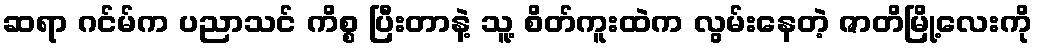
ဆရာ ဂင်မ်က ပညာသင် ကိစ္စ ပြီးတာနဲ့ သူ့ စိတ်ကူးထဲက လွမ်းနေတဲ့ ဇာတိမြို့လေးကို